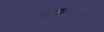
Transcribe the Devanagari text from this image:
शब्दाधारित